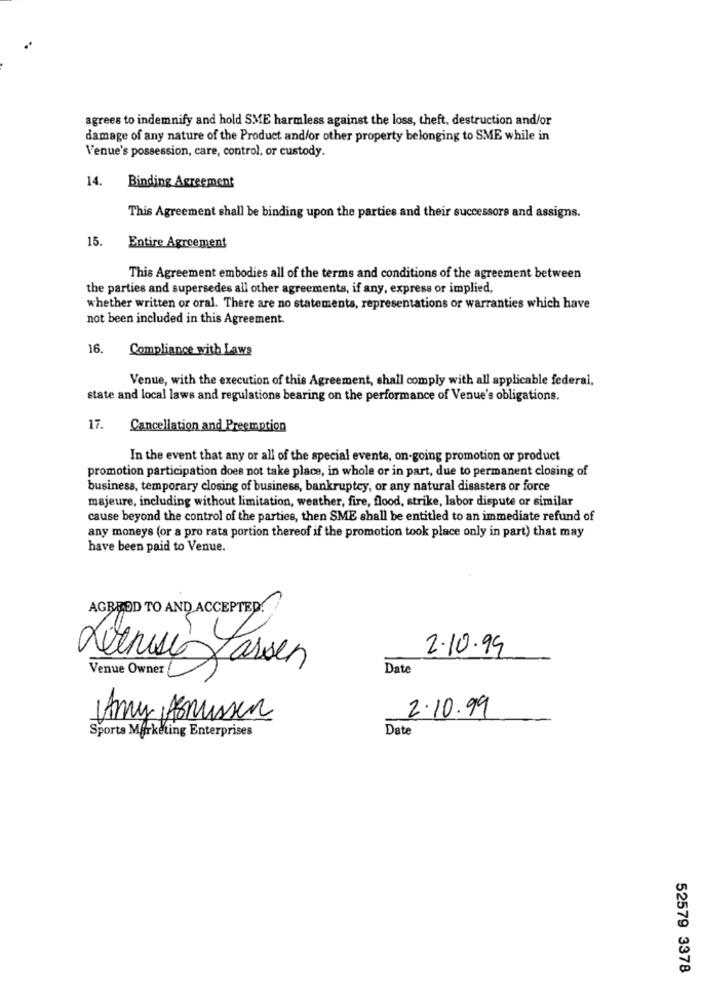
agrees to indemnify and hold SME harmless against the loss, theft, destruction and/or
damage of any nature of the Product and/or other property belonging to SME while in
Venue's possession, care, control, or custody.
14.
Binding Agreement
This Agreement shall be binding upon the parties and their successors and assigns.
15.
Entire Agreement
This Agreement embodies all of the terms and conditions of the agreement between
the parties and supersedes all other agreements, if any, express or implied,
whether written or oral. There are no statements, representations or warranties which have
not been included in this Agreement.
16,
Compliance with Laws
Venue, with the execution of this Agreement, shall comply with all applicable federal,
state and local laws and regulations bearing on the performance of Venue's obligations.
17.
Cancellation and Preemption
In the event that any or all of the special events, on-going promotion or product
promotion participation does not take place, in whole or in part, due to permanent closing of
business, temporary closing of business, bankruptcy, or any natural disasters or force
majeure, including without limitation, weather, fire, flood, strike, labor dispute or similar
cause beyond the control of the parties, then SME shall be entitled to an immediate refund of
any moneys (or a pro rata portion thereof if the promotion took place only in part) that may
have been paid to Venue.
AGREED TO AND ACCEPTED?
2.10.99
Letnisi Jassen
Venue Owner
Date
2.10.99
Amy,Asmussen
Sports Marketing Enterprises
Date
52579 3378